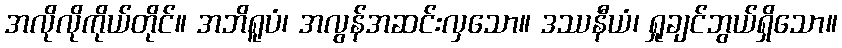
အလိုလိုကိုယ်တိုင်။ အဘိရူပံ၊ အလွန်အဆင်းလှသော။ ဒဿနီယံ၊ ရှုချင်ဘွယ်ရှိသော။